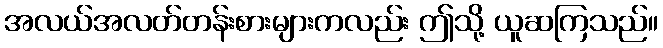
အလယ်အလတ်တန်းစားများကလည်း ဤသို့ ယူဆကြသည်။